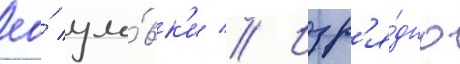
ео́ уло́вк'и // Изр'я́дно